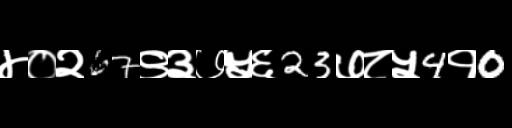
Text: ४०२67९३७५६23७८५4१0